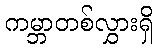
ကမ္ဘာတစ်လွှားရှိ